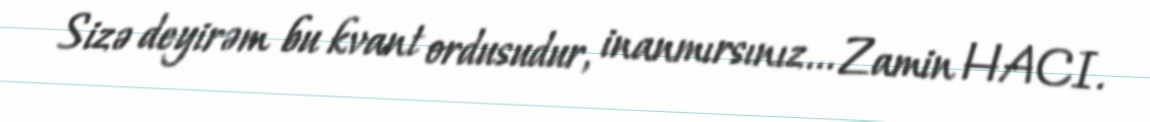
Sizə deyirəm bu kvant ordusudur, inanmırsınız... Zamin HACI.